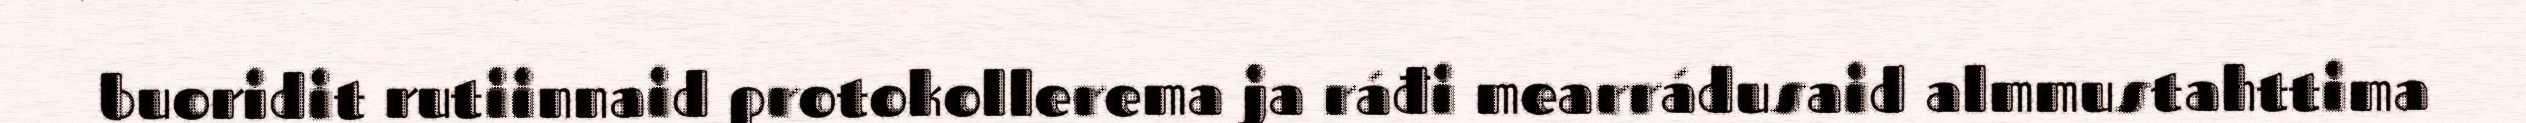
buoridit rutiinnaid protokollerema ja ráđi mearrádusaid almmustahttima